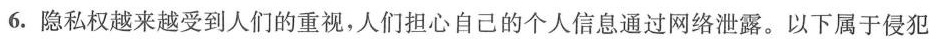
6.隐私权越来越受到人们的重视，人们担心自己的个人信息通过网络泄露。以下属于侵犯